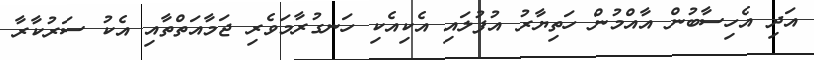
އަދި އެހިސާބުން އާއްމުން ހަތިޔާރު އުފުލައި އެކިއެކި ހަނގުރާމަވެރި ޖަމާއަތްތާއި އެކު ސަރުކާރާ